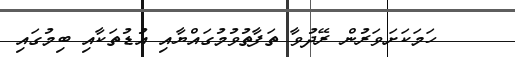
ހަމަކަށަވަރުން ރޭދުވާ ތަފާތުވުމުގައްޔާއި އުޑުތަކާއި ބިމުގައި